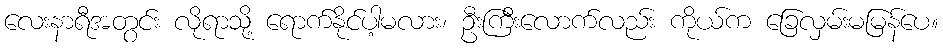
လေးနာရီအတွင်း လိုရာသို့ ရောက်နိုင်ပါ့မလား၊ ဦးကြီးလောက်လည်း ကိုယ်က ခြေလှမ်းမမြန်ပေ။